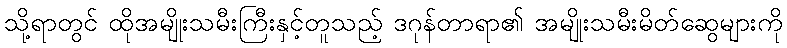
သို့ရာတွင် ထိုအမျိုးသမီးကြီးနှင့်တူသည့် ဒဂုန်တာရာ၏ အမျိုးသမီးမိတ်ဆွေများကို